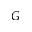
G